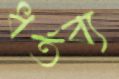
ধর্তব্য